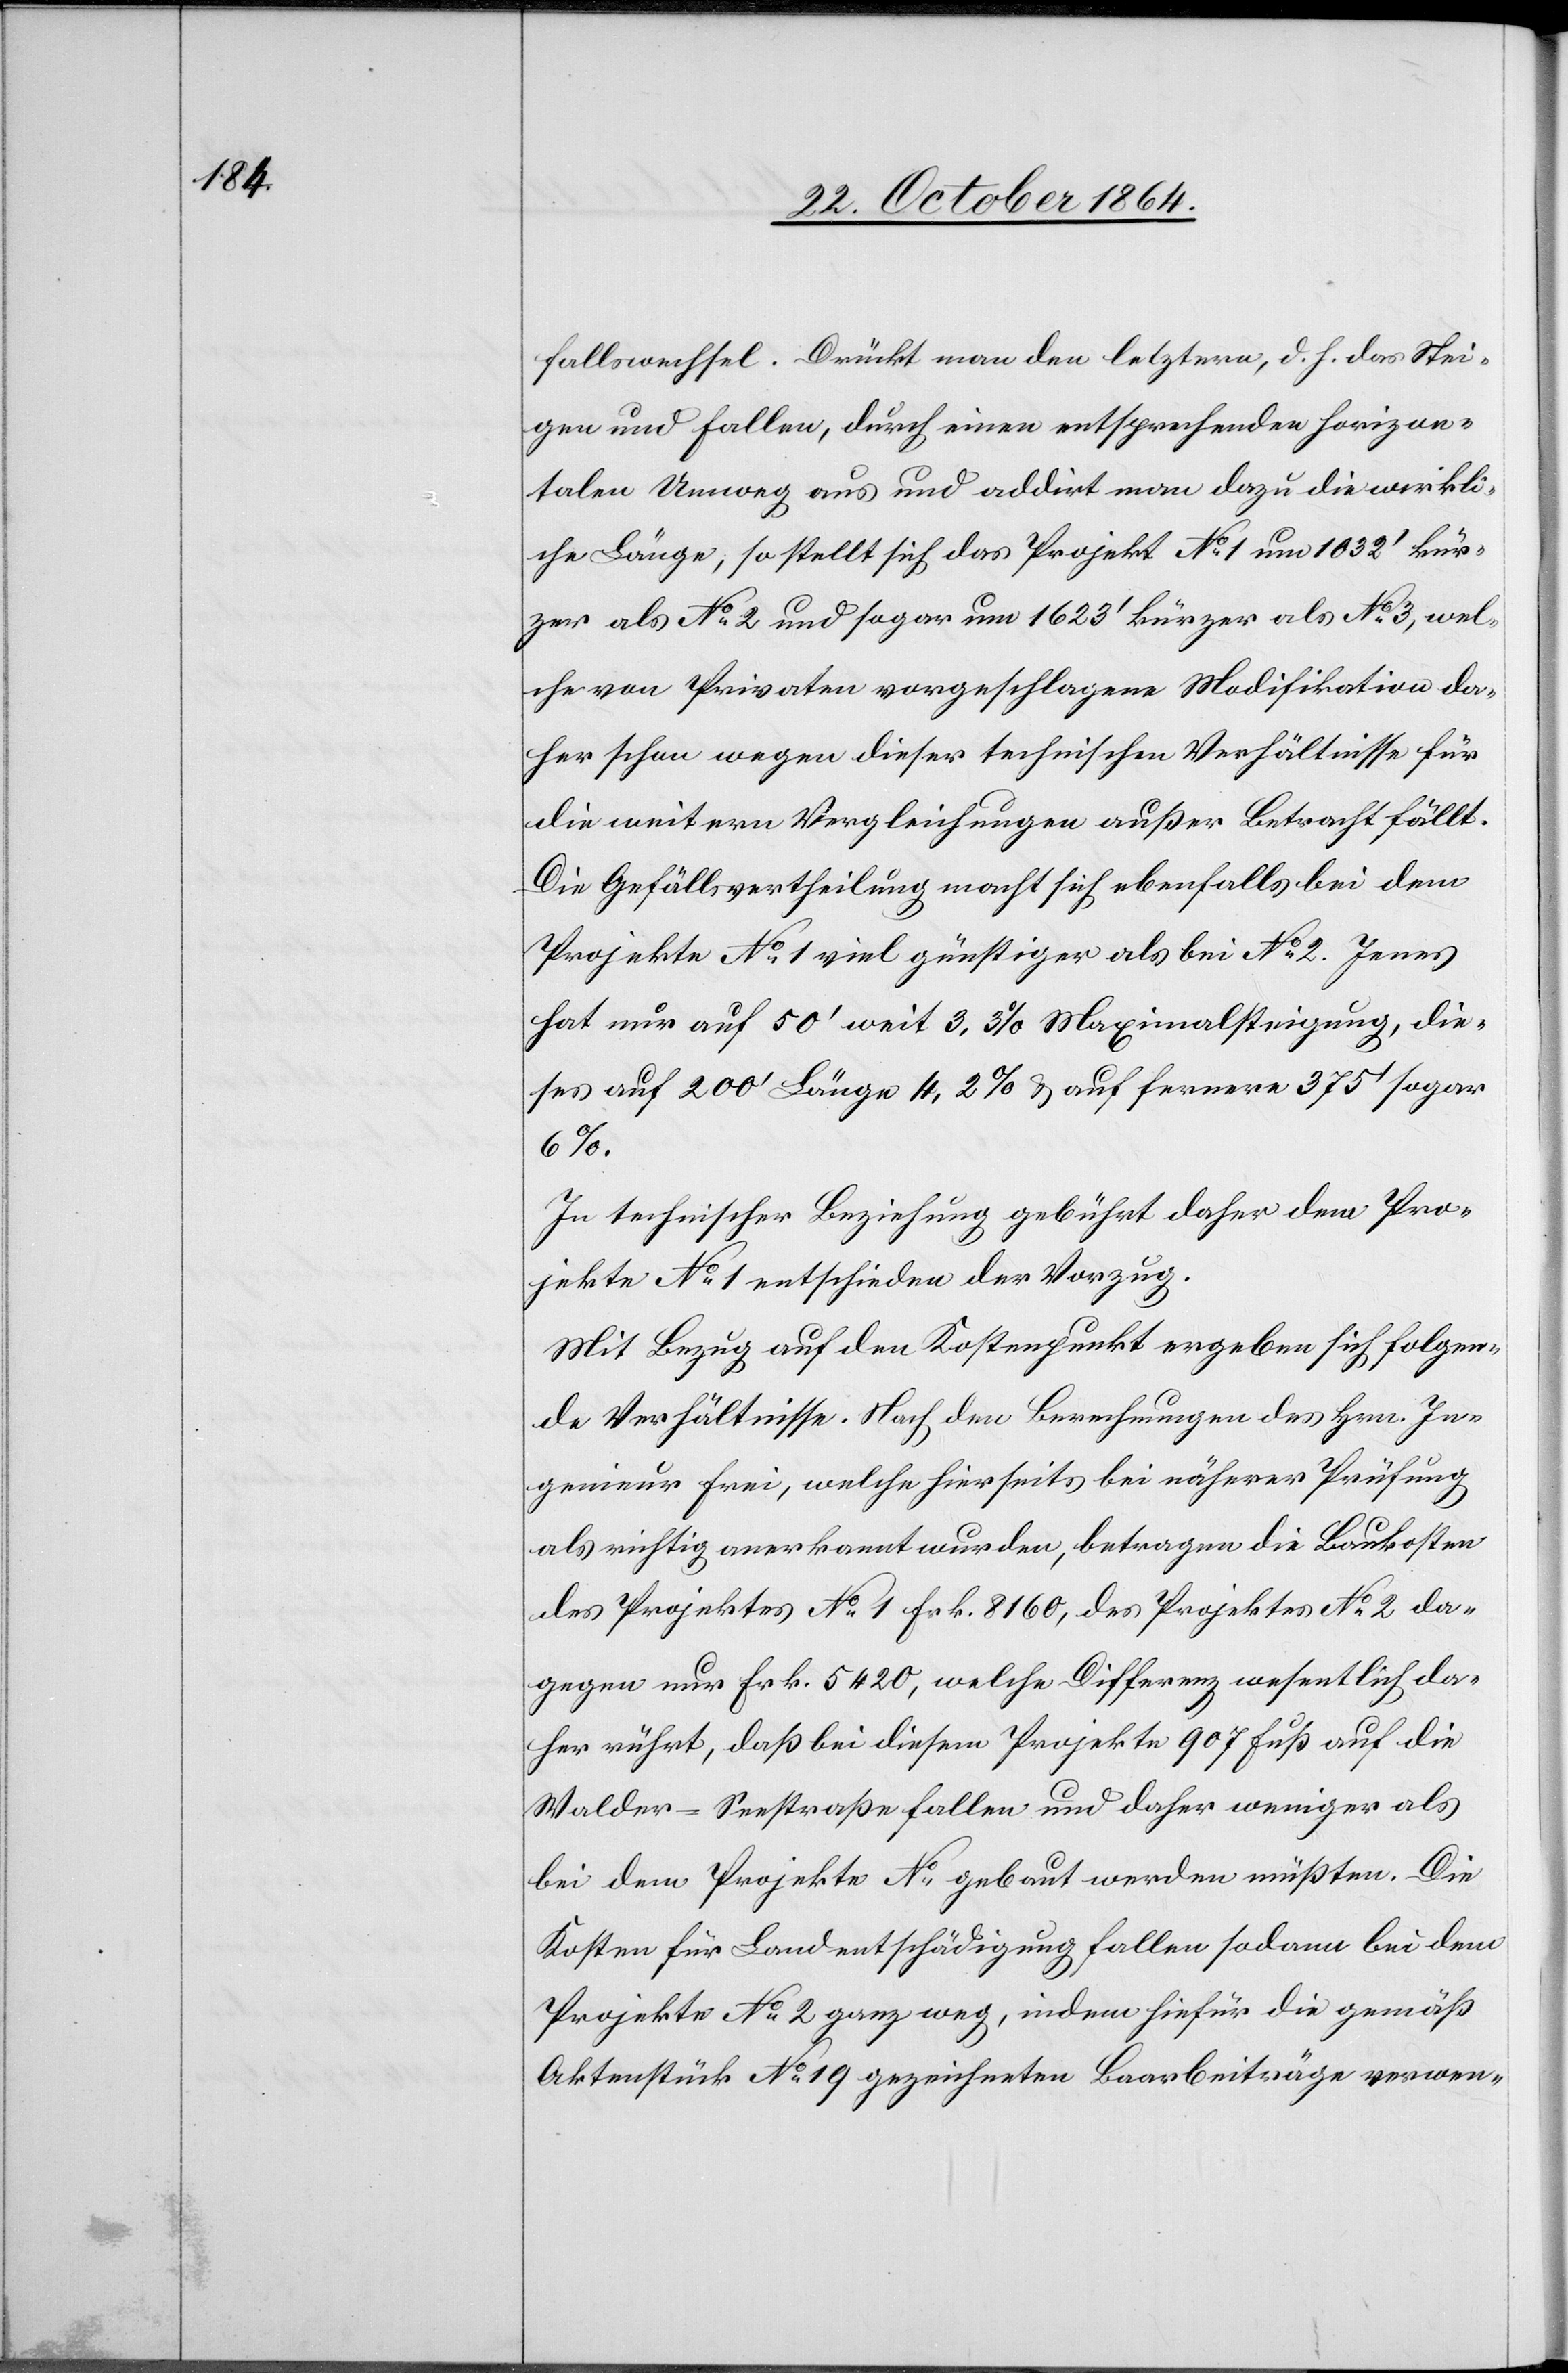
fallswechsel. Drückt man den letztern, d. h. das Stei¬
gen und Fallen, durch einen entsprechenden horizon¬
talen Umweg aus und addirrt man dazu die wirkli¬
che Länge, so stellt sich das Projekt No 1 um 1032’ kür¬
zer als No 2 und sogar um 1623’ kürzer als No 3, wel¬
che von Privaten vorgeschlagene Modifikation da¬
her schon wegen dieser technischen Verhältnisse für
die weitern Vergleichungen außer Betracht fällt.
Die Gefällsvertheilung macht sich ebenfalls bei dem
Projekte No 1 viel günstiger als bei No 2. Jenes
hat nur auf 50’ weit 3,3% Maximalsteigung, die¬
ses auf 200’ Länge 4,3% & auf fernere 375’ sogar
In technischer Beziehung gebührt daher dem Pro¬
jekte No 1 entschieden der Vorzug.
Mit Bezug auf den Kostenpunkt ergeben sich folgen¬
de Verhältnisse. Nach den Berechnungen des Hrn. In¬
genieur Frei, welche hierseits bei näherer Prüfung
als richtig anerkannt wurden, betragen die Baukosten
des Projektes No 1 Frk. 8160, des Projektes No 2 da¬
gegen nur Frk. 5420, welche Differenz wesentlich da¬
her rührt, daß bei diesem Projekte 907 Fuß auf die
Walder-Seestraße fallen und daher weniger als
bei dem Projekte No … gebaut werden müßten. Die
Kosten für Landentschädigung fallen sodann bei dem
Projekte No 2 ganz weg, indem hiefür die gemäß
Aktenstück No 19 gezeichneten Baarbeiträge verwen-